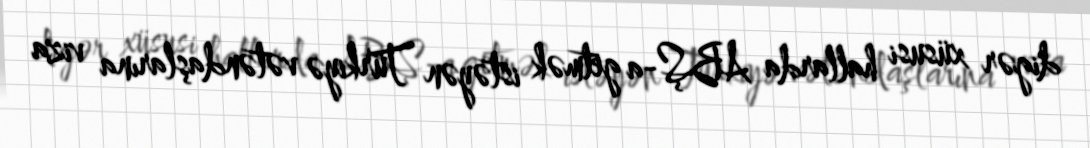
digər xüsusi hallarda ABŞ-a getmək istəyən Türkiyə vətəndaşlarına viza